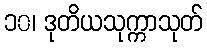
၁၀၊ ဒုတိယသုက္ကာသုတ်